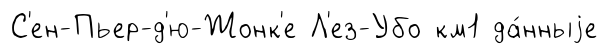
С'ен-Пьер-д'ю-Жонк'е Л'ез-Убо км1 да́нныjе